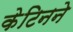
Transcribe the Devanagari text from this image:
केटिनने